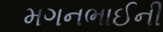
મગનભાઈની